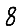
Digit: 8